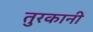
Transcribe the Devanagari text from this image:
तुरकानी